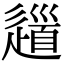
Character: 𨖁